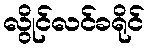
လွိုင်လင်ခရိုင်